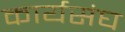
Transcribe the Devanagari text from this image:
कार्यसंघ